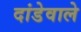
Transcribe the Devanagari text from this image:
दांडेवाले